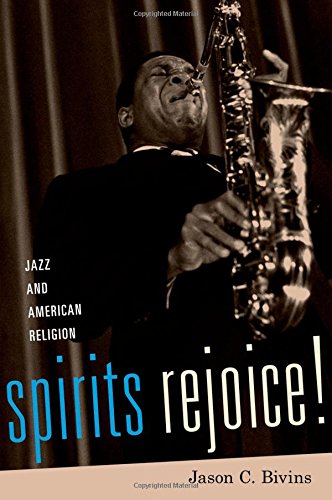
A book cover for Spirits Rejoice!: Jazz and American Religion; Jason C. Bivins; Religion & Spirituality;